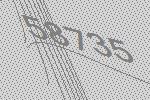
58735